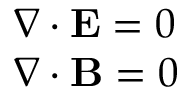
\begin{array} { l } { \nabla \cdot \mathbf { E } = 0 } \\ { \nabla \cdot \mathbf { B } = 0 } \end{array}